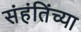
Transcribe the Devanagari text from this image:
संहंतिंच्या